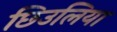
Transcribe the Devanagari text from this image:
छिउलिया